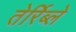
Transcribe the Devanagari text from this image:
तेर्रिब्ले